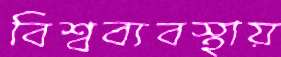
বিশ্বব্যবস্থায়